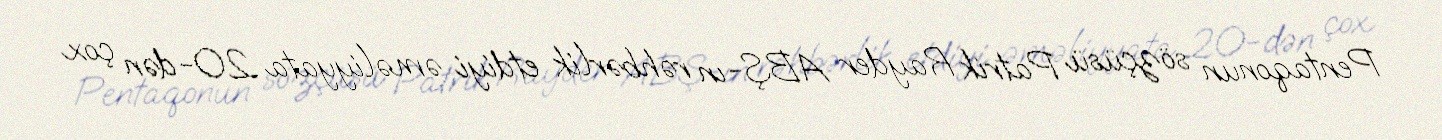
Pentaqonun sözçüsü Patrik Rayder ABŞ-ın rəhbərlik etdiyi əməliyyata 20-dən çox